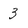
Character: 3